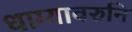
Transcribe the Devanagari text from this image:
धाग्यावरुनि